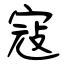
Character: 寇